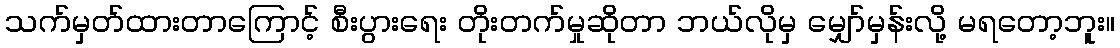
သက်မှတ်ထားတာကြောင့် စီးပွားရေး တိုးတက်မှုဆိုတာ ဘယ်လိုမှ မျှော်မှန်းလို့ မရတော့ဘူး။